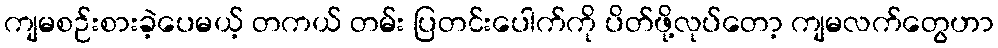
ကျမစဉ်းစားခဲ့ပေမယ့် တကယ် တမ်း ပြတင်းပေါက်ကို ပိတ်ဖို့လုပ်တော့ ကျမလက်တွေဟာ